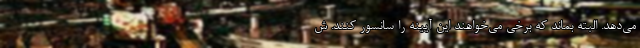
می‌دهد. البته بماند که برخی می‌خواهند این آیینه را سانسور کنند. ش